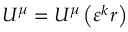
U ^ { \mu } = U ^ { \mu } \left( \varepsilon ^ { k } r \right)